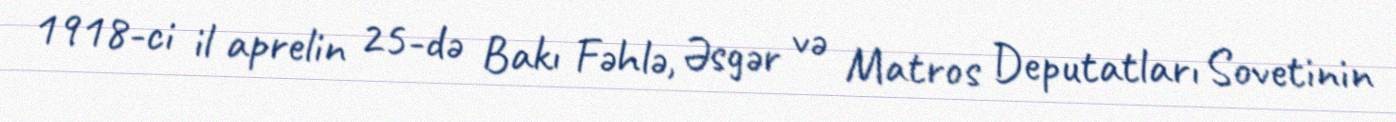
1918-ci il aprelin 25-də Bakı Fəhlə, Əsgər və Matros Deputatları Sovetinin